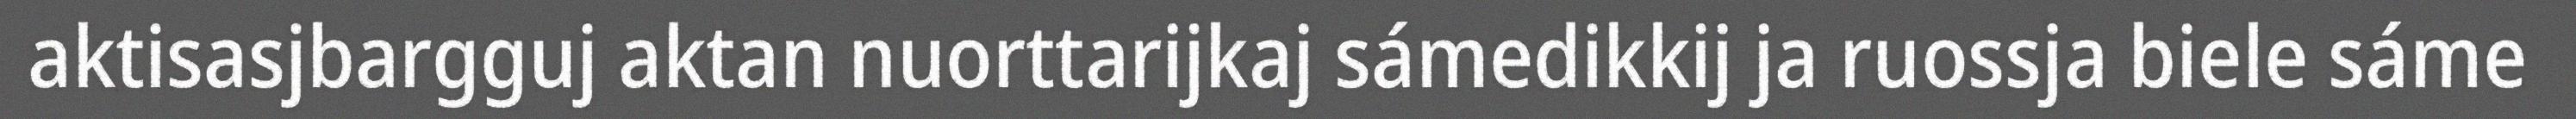
aktisasjbargguj aktan nuorttarijkaj sámedikkij ja ruossja biele sáme